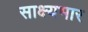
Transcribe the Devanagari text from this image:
साक्ष्यभार